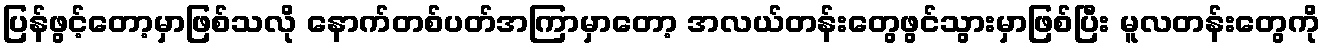
ပြန်ဖွင့်တော့မှာဖြစ်သလို နောက်တစ်ပတ်အကြာမှာတော့ အလယ်တန်းတွေဖွင်သွားမှာဖြစ်ပြီး မူလတန်းတွေကို